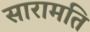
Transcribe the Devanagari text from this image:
सारामति